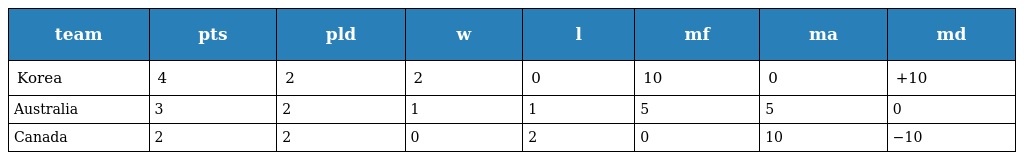
| team | pts | pld | w | l | mf | ma | md |
 | --- | --- | --- | --- | --- | --- | --- | --- |
 | Korea | 4 | 2 | 2 | 0 | 10 | 0 | +10 |
 | Australia | 3 | 2 | 1 | 1 | 5 | 5 | 0 |
 | Canada | 2 | 2 | 0 | 2 | 0 | 10 | −10 |